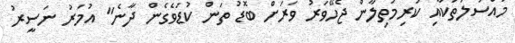
މައްސަލަތަކާއި ކުރިމަތިލާން ޖެހޭވަރު ވަރަށް ބޮޑު ތަން ކުޑަވެގެން ދާނެ" އުމަރު ނަސީރު